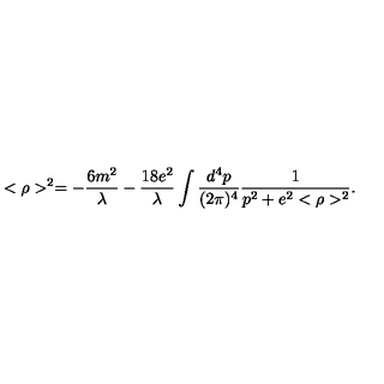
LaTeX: < \rho > ^ { 2 } = - \frac { 6 m ^ { 2 } } { \lambda } - \frac { 1 8 e ^ { 2 } } { \lambda } \int \frac { d ^ { 4 } p } { ( 2 \pi ) ^ { 4 } } \frac { 1 } { p ^ { 2 } + e ^ { 2 } < \rho > ^ { 2 } } .